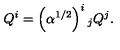
Q ^ { i } = \left( \alpha ^ { 1 / 2 } \right) ^ { i } { } _ { j } Q ^ { j } .